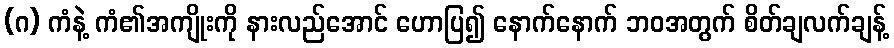
(ဂ) ကံနဲ့ ကံ၏အကျိုးကို နားလည်အောင် ဟောပြ၍ နောက်နောက် ဘဝအတွက် စိတ်ချလက်ချန့်